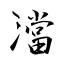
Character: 澢